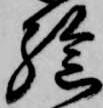
孫